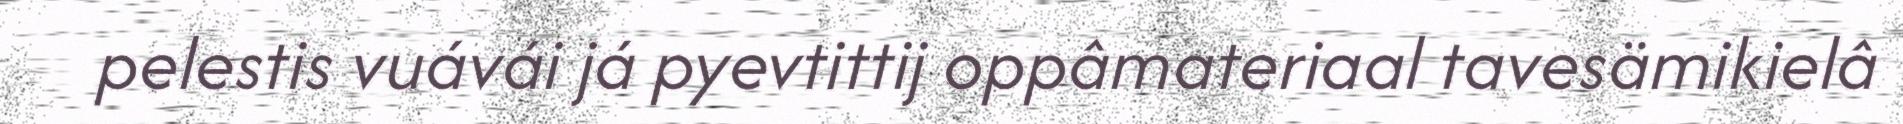
pelestis vuávái já pyevtittij oppâmateriaal tavesämikielâ